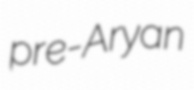
pre-Aryan